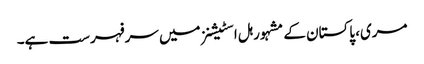
مری، پاکستان کے مشہور ہل اسٹیشنز میں سرفہرست ہے۔